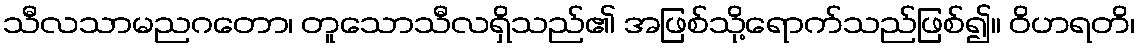
သီလသာမညဂတော၊ တူသောသီလရှိသည်၏ အဖြစ်သို့ရောက်သည်ဖြစ်၍။ ဝိဟရတိ၊